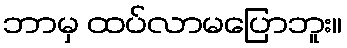
ဘာမှ ထပ်လာမပြောဘူး။